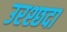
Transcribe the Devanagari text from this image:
उरश्छदा